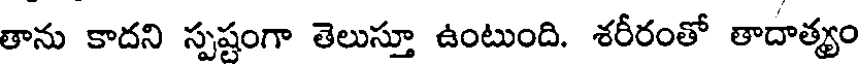
తాను కాదని స్పష్టంగా తెలుస్తూ ఉంటుంది. శరీరంతో తాదాత్యం